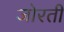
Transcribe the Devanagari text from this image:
जोरती